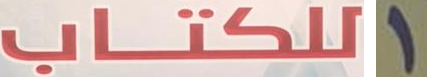
للكتاب 1